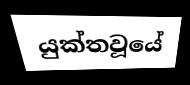
යුක්තවූයේ